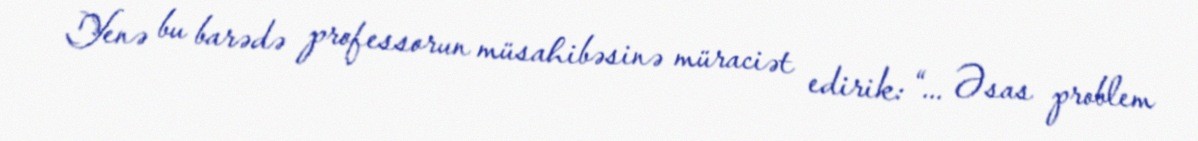
Yenə bu barədə professorun müsahibəsinə müraciət edirik: “... Əsas problem